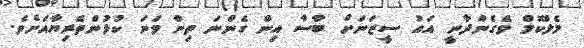
މެލްކޮމް ވެގެންދާނީ އައު ސީޒަނަށް ބާސާ އިން ގެންނަ ތިން ވަނަ ކުޅުންތެރިޔާއަށެވެ.